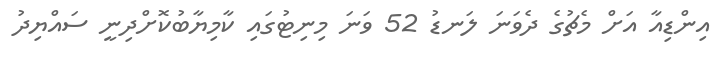
އިންޑިއާ އަށް މެޗުގެ ދެވަނަ ލަނޑު 52 ވަނަ މިނިޓުގައި ކާމިޔާބުކޮށްދިނީ ސައްޔިދު